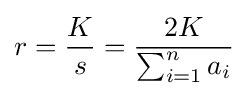
r={\frac {K}{s}}={\frac {2K}{\sum _{i=1}^{n}a_{i}}}